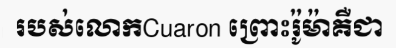
របស់លោកCuaron ព្រោះរ៉ូម៉ាគឺជា